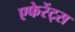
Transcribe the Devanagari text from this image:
एफेरेंट्स